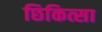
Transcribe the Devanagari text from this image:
छिकित्सा